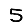
Digit: 5